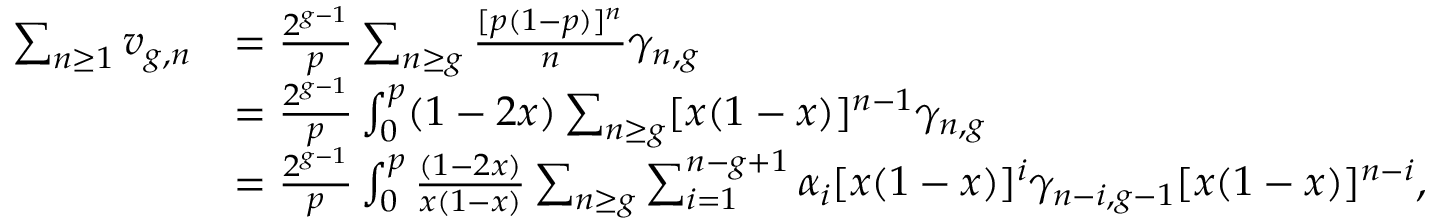
\begin{array} { r l } { \sum _ { n \geq 1 } v _ { g , n } } & { = \frac { 2 ^ { g - 1 } } { p } \sum _ { n \geq g } \frac { [ p ( 1 - p ) ] ^ { n } } { n } \gamma _ { n , g } } \\ & { = \frac { 2 ^ { g - 1 } } { p } \int _ { 0 } ^ { p } ( 1 - 2 x ) \sum _ { n \geq g } [ x ( 1 - x ) ] ^ { n - 1 } \gamma _ { n , g } } \\ & { = \frac { 2 ^ { g - 1 } } { p } \int _ { 0 } ^ { p } \frac { ( 1 - 2 x ) } { x ( 1 - x ) } \sum _ { n \geq g } \sum _ { i = 1 } ^ { n - g + 1 } \alpha _ { i } [ x ( 1 - x ) ] ^ { i } \gamma _ { n - i , g - 1 } [ x ( 1 - x ) ] ^ { n - i } , } \end{array}